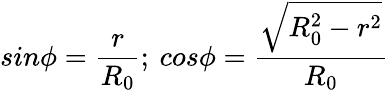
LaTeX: sin{\phi}=\frac{r}{R_{0}};{\: }cos{\phi}=\frac{\sqrt{R_{0}^{2}-r^{2}}}{R_{0}}